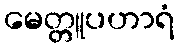
မေတ္တူပဟာရံ